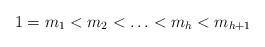
LaTeX: \begin{align*}1 = m_1 < m_2 < \ldots < m_h < m_{h+1}\end{align*}